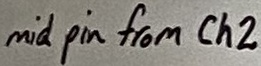
Text: mid pin from Ch2